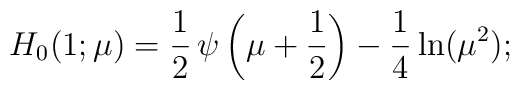
H_0(1;\mu)= {1\over 2}\,\psi\left( \mu+ {1\over 2}\right)-\frac14\ln(\mu^2);